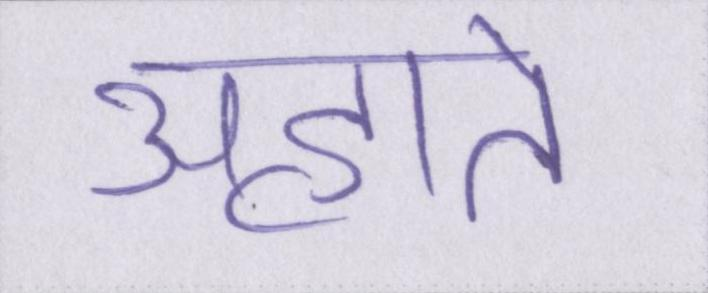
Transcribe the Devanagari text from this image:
अहाते